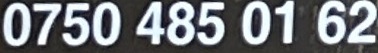
0750 485 01 62